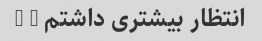
انتظار بیشتری داشتم = (